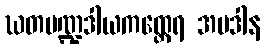
ဃတမဏ္ဍဒါယကထ္ထေရ အပဒါန